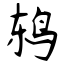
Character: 鸫